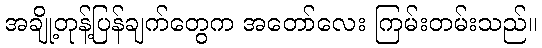
အချို့တုန့်ပြန်ချက်တွေက အတော်လေး ကြမ်းတမ်းသည်။